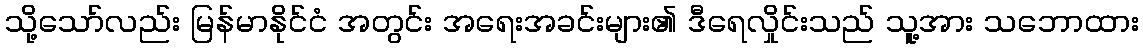
သို့သော်လည်း မြန်မာနိုင်ငံ အတွင်း အရေးအခင်းများ၏ ဒီရေလှိုင်းသည် သူ့အား သဘောထား